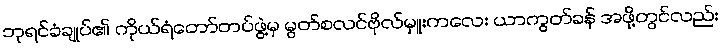
ဘုရင်ခံချုပ်၏ ကိုယ်ရံတော်တပ်ဖွဲ့မှ မွတ်စလင်ဗိုလ်မှူးကလေး ယာကွတ်ခန် အဖို့တွင်လည်း